Lunatic asylums in Bengal annual reports 1912-1924 - 1912-1924
Year: 1912
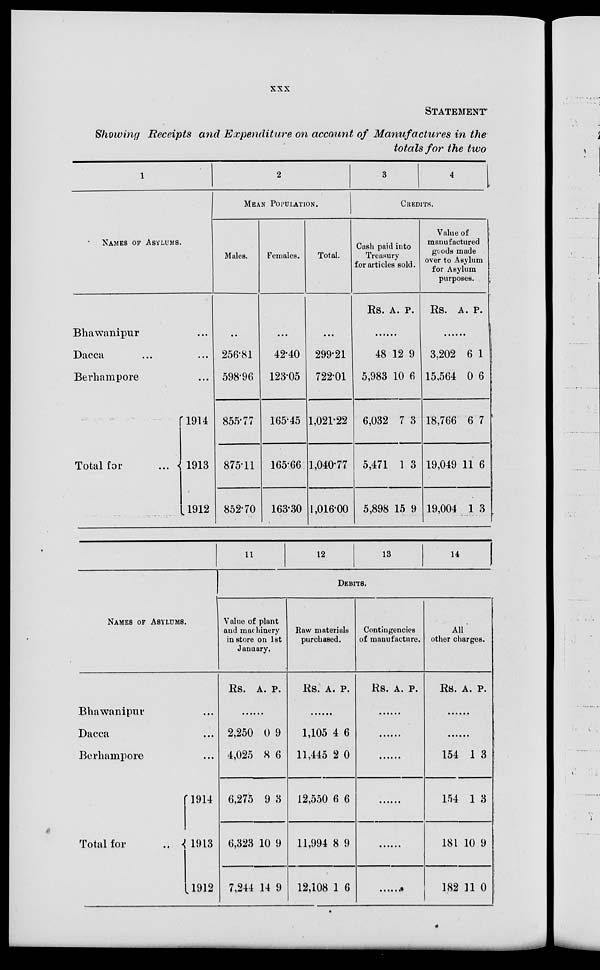
xxx
STATEMENT
Showing Receipts and Expenditure on account of Manufactures in the
totals for the two
1
NAMES OF ASYLUMS.
Bhawanipur ...
Dacca ... ...
Berhampore ...
Total for
...
1914
1913
1912
2
MEAN POPULATION.
Males.
...
256.81
598.96
855.77
875.11
852.70
Females.
...
42.40
123.05
165.45
165.66
163.30
Total.
...
299.21
722.01
1,021.22
1,040.77
1,016.00
3
4
CREDITS.
Cash paid into
Treasury
for articles sold.
Rs. A. P.
...
48
5,983
6,032
5,471
5,898
12
10
7
1
15
9
6
3
3
9
Value of
manufactured
goods made
over to Asylum
for Asylum
purposes.
Rs. A. P.
......
3,202
15,564
18,766
19,049
19,004
6
0
6
11
1
1
6
7
6
3
NAMES OF ASYLUMS.
Bhawanipur ...
Dacca ...
Berhampore ...
Total for
...
1914
1913
1912
11
12
13
14
DEBITS.
Value of plant
and machinery
in store on 1st
January.
Rs. A. P.
......
2,250
4,025
6,275
6,323
7,244
0
8
9
10
14
9
6
3
9
9
Raw materials
purchased.
Rs. A. P.
......
1,105
11,445
12,550
11,994
12,108
4
2
6
8
1
6
0
6
9
6
Contingencies
of manufacture.
Rs. A. P.
......
......
......
......
......
......
All
other charges.
Rs. A. P.
......
......
154
154
181
182
1
1
10
11
3
3
9
0